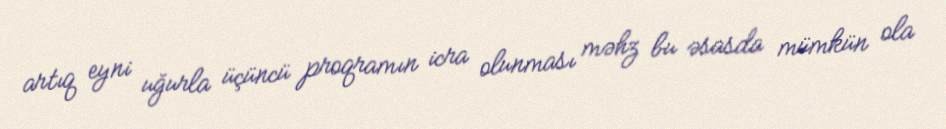
artıq eyni uğurla üçüncü proqramın icra olunması məhz bu əsasda mümkün ola